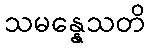
သမန္နေသတိ